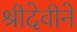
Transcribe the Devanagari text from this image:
श्रीदेवीने